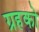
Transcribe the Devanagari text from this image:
ग्रहको